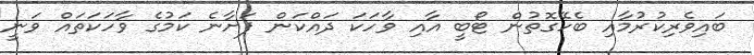
ބައިވެރިކުރުމާއި ބެހޭގޮތުން ޓޯބީ އާއި ވާހަކަ ދައްކަން ފަށާނެ ކަމުގެ ވާހަކަތައް ވަނީ